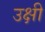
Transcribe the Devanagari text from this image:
उक्षी